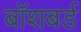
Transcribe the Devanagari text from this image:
बॉशबर्ड